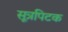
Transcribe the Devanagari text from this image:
सूत्रपिटक